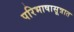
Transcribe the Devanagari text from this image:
परिभाषासूत्रात